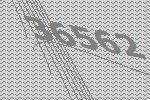
36562